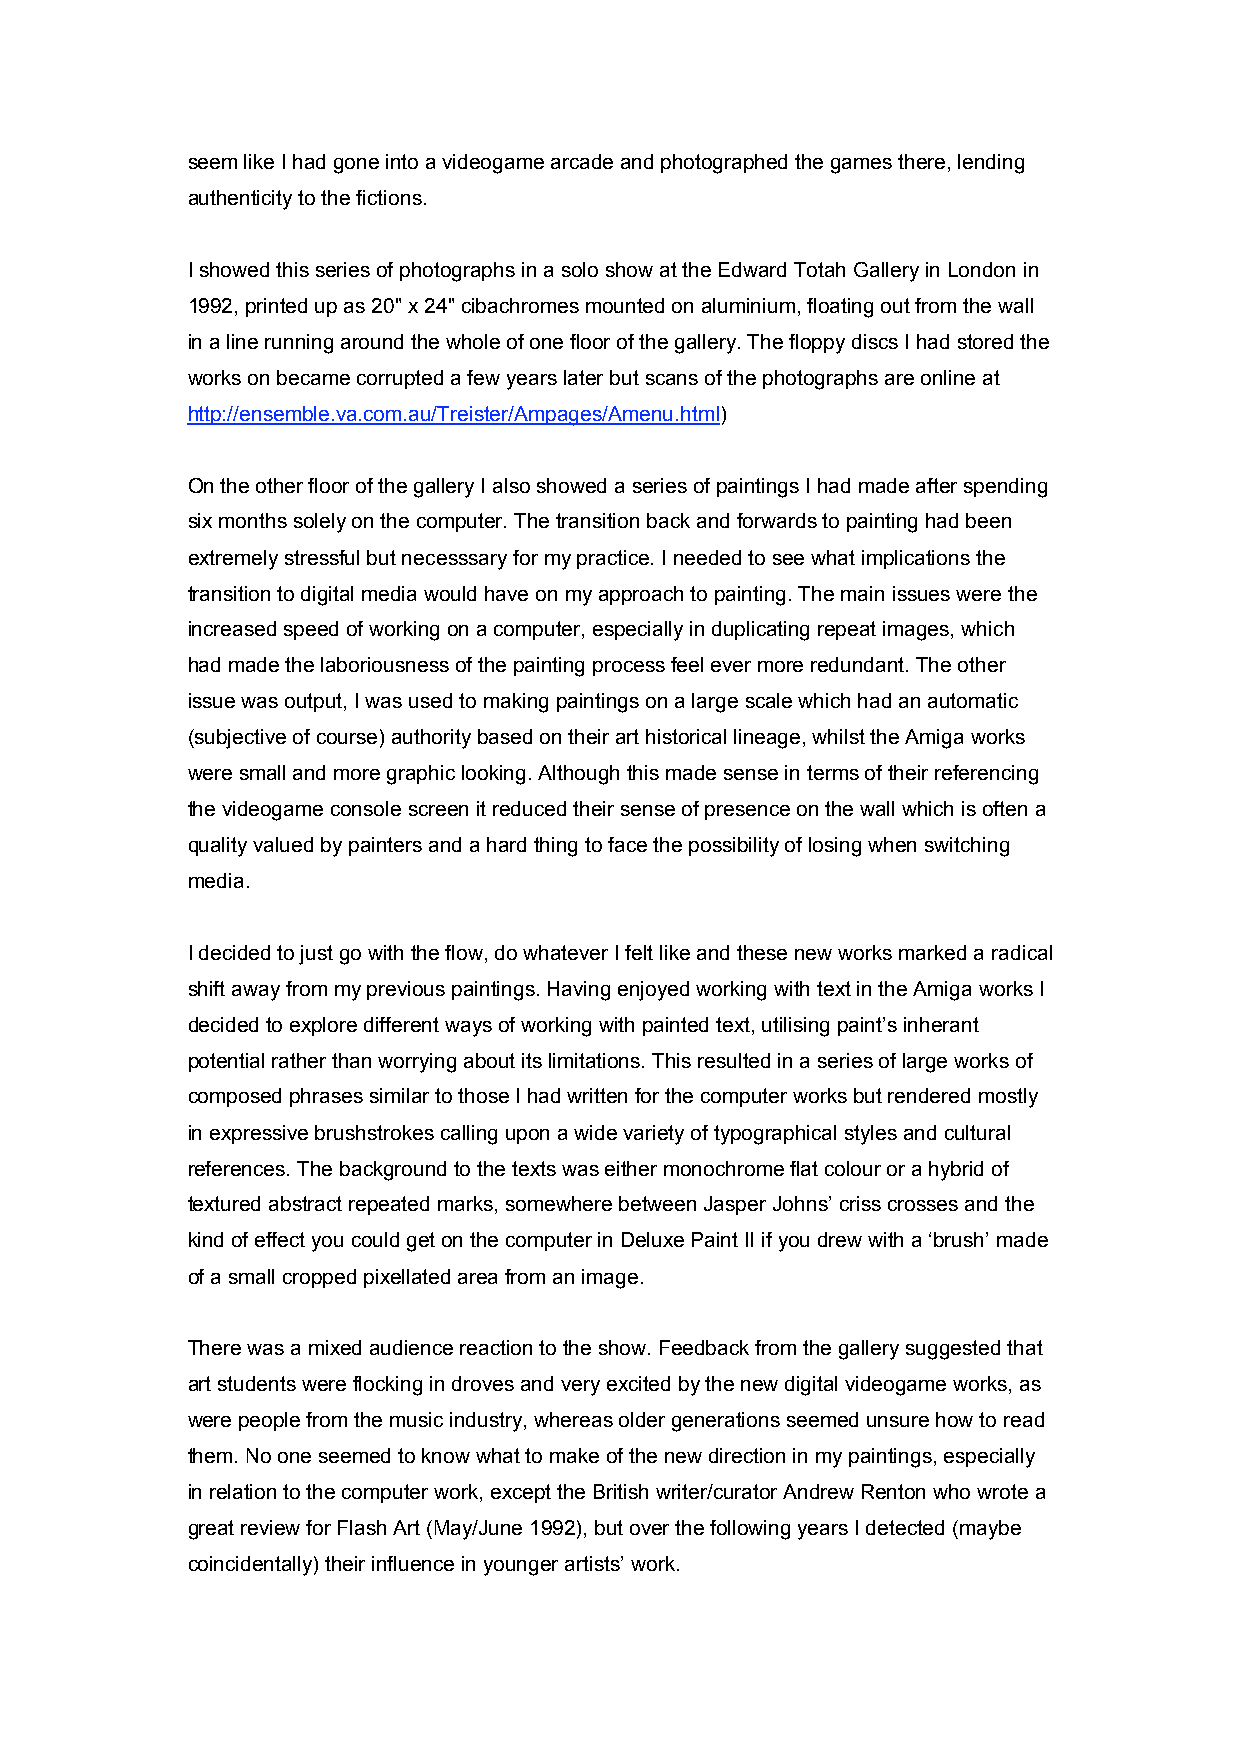
seem like I had gone into a videogame arcade and photographed the games there, lending
 authenticity to the fictions.
 I showed this series of photographs in a solo show at the Edward Totah Gallery in London in
 1992, printed up as 20" x 24" cibachromes mounted on aluminium, floating out from the wall
 in a line running around the whole of one floor of the gallery. The floppy discs I had stored the
 works on became corrupted a few years later but scans of the photographs are online at
 http://ensemble.va.com.au/Treister/Ampages/Amenu.html)
 On the other floor of the gallery I also showed a series of paintings I had made after spending
 six months solely on the computer. The transition back and forwards to painting had been
 extremely stressful but necesssary for my practice. I needed to see what implications the
 transition to digital media would have on my approach to painting. The main issues were the
 increased speed of working on a computer, especially in duplicating repeat images, which
 had made the laboriousness of the painting process feel ever more redundant. The other
 issue was output, I was used to making paintings on a large scale which had an automatic
 (subjective of course) authority based on their art historical lineage, whilst the Amiga works
 were small and more graphic looking. Although this made sense in terms of their referencing
 the videogame console screen it reduced their sense of presence on the wall which is often a
 quality valued by painters and a hard thing to face the possibility of losing when switching
 media.
 I decided to just go with the flow, do whatever I felt like and these new works marked a radical
 shift away from my previous paintings. Having enjoyed working with text in the Amiga works I
 decided to explore different ways of working with painted text, utilising paint’s inherant
 potential rather than worrying about its limitations. This resulted in a series of large works of
 composed phrases similar to those I had written for the computer works but rendered mostly
 in expressive brushstrokes calling upon a wide variety of typographical styles and cultural
 references. The background to the texts was either monochrome flat colour or a hybrid of
 textured abstract repeated marks, somewhere between Jasper Johns’ criss crosses and the
 kind of effect you could get on the computer in Deluxe Paint II if you drew with a ‘brush’ made
 of a small cropped pixellated area from an image.
 There was a mixed audience reaction to the show. Feedback from the gallery suggested that
 art students were flocking in droves and very excited by the new digital videogame works, as
 were people from the music industry, whereas older generations seemed unsure how to read
 them. No one seemed to know what to make of the new direction in my paintings, especially
 in relation to the computer work, except the British writer/curator Andrew Renton who wrote a
 great review for Flash Art (May/June 1992), but over the following years I detected (maybe
 coincidentally) their influence in younger artists’ work.